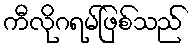
ကီလိုဂရမ်ဖြစ်သည်